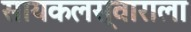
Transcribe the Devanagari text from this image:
सायकलस्वाराला